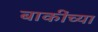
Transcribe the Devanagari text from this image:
बाकींच्या